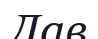
Лав